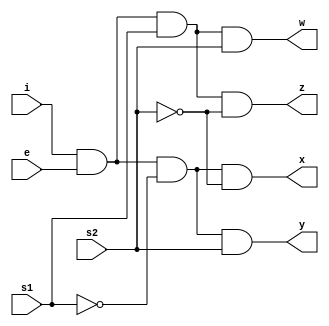
module demux14(s1,s2,i,e,x,y,z,w);
    input s1,s2,i,e;
    output x,y,z,w;
    assign x=i&e&~s1&~s2;
    assign y=i&e&~s1&s2;
    assign z=i&e&s1&~s2;
    assign w=i&e&s1&s2;
endmodule

module test;
    reg s11,s21,i1,e1;
    wire x1,y1,z1,w1;
    demux14 h1(s11,s21,i1,e1,x1,y1,z1,w1);
    initial begin
        $display("s1\ts2\te\ti\tx\ty\tz\tw");
        $monitor("%b\t%b\t%b\t%b\t%b\t%b\t%b\t%b\t",s11,s21,e1,i1,x1,y1,z1,w1);
        i1=0;e1=1;s11=0;s21=0;
       #10 i1=1;e1=1;s11=1;s21=1;

    end
endmodule